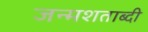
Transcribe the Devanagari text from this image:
जन्‍मशताब्‍दी